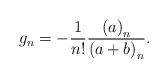
LaTeX: \begin{align*}g_{n}=-\frac{1}{n!}\frac{\left(a\right)_{n}}{\left(a+b\right)_{n}}.\end{align*}